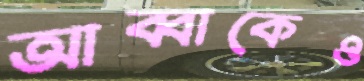
আব্বাকেও